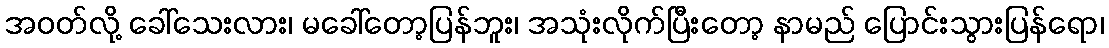
အဝတ်လို့ ခေါ်သေးလား၊ မခေါ်တော့ပြန်ဘူး၊ အသုံးလိုက်ပြီးတော့ နာမည် ပြောင်းသွားပြန်ရော၊